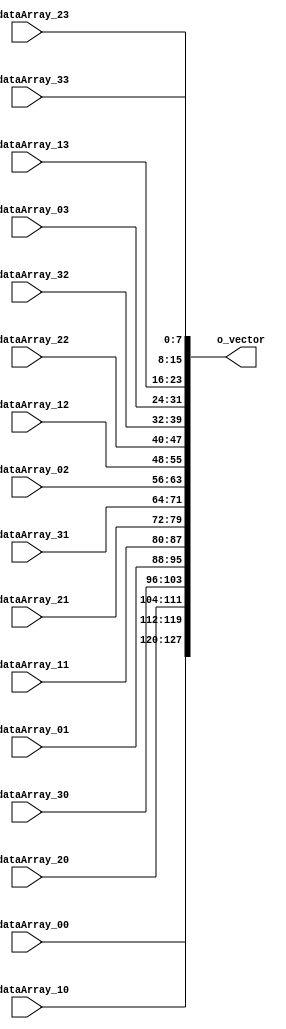

// Converting the 8*8 input matrix to a 128-bit vector

module Convert_to_Vector(

	input [7:0] i_dataArray_00,
	input [7:0] i_dataArray_01,
	input [7:0] i_dataArray_02,
	input [7:0] i_dataArray_03,

	input [7:0] i_dataArray_10,
	input [7:0] i_dataArray_11,
	input [7:0] i_dataArray_12,
	input [7:0] i_dataArray_13,

	input [7:0] i_dataArray_20,
	input [7:0] i_dataArray_21,
	input [7:0] i_dataArray_22,
	input [7:0] i_dataArray_23,

	input [7:0] i_dataArray_30,
	input [7:0] i_dataArray_31,
	input [7:0] i_dataArray_32,
	input [7:0] i_dataArray_33,

	output [127:0] o_vector
	);

	assign  o_vector = {i_dataArray_00, i_dataArray_10, i_dataArray_20, i_dataArray_30,
						i_dataArray_01, i_dataArray_11, i_dataArray_21, i_dataArray_31,
						i_dataArray_02, i_dataArray_12, i_dataArray_22, i_dataArray_32,
						i_dataArray_03, i_dataArray_13, i_dataArray_23, i_dataArray_33};

endmodule